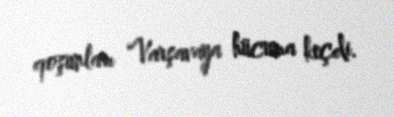
qoşunları Varşavaya hücuma keçdi.